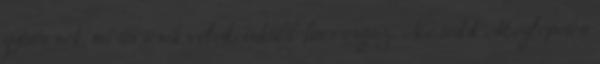
gyötörnek, mi történik veled, inkább forrongsz. Ne tedd Meglepetés